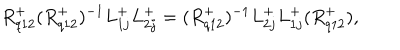
{ R } _ { q 1 2 } ^ { + } ( { R } _ { q 1 2 } ^ { + } ) ^ { - 1 } L _ { 1 j } ^ { + } L _ { 2 j } ^ { + } = ( { R } _ { q 1 2 } ^ { + } ) ^ { - 1 } L _ { 2 j } ^ { + } L _ { 1 j } ^ { + } ( { R } _ { q 1 2 } ^ { + } ) ,